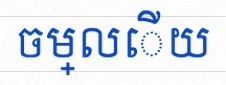
ចម្លើយ